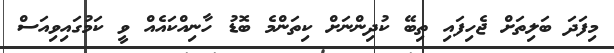
މިފަދަ ބަލިތަށް ޖެހިފައި ތިބޭ ކުދިންނަށް ކިތަންމެ ބޮޑު ހާނިއްކައެއް ވީ ކަމުގައިވިއަސް